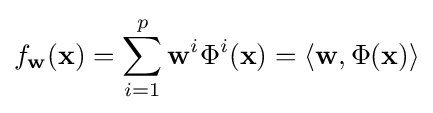
f_{\mathbf {w} }(\mathbf {x} )=\sum _{i=1}^{p}\mathbf {w} ^{i}\Phi ^{i}(\mathbf {x} )=\langle \mathbf {w} ,\Phi (\mathbf {x} )\rangle